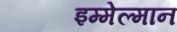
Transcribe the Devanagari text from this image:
इम्मेल्मान